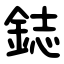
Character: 鋕